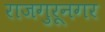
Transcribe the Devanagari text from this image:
राजगुरूनगर